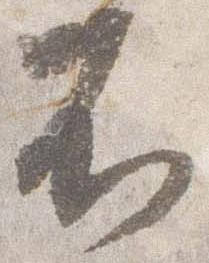
不